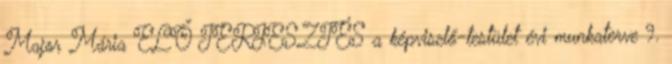
Major Mária ELŐ TERJESZTÉS a képviselő-testület évi munkaterve 9.